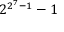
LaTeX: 2 ^ { 2 ^ { 7 } - 1 } - 1